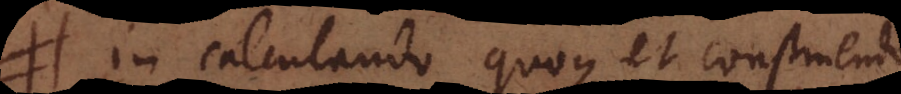
In calculando quoque et construendo,